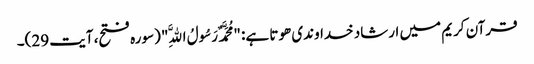
قرآن کریم میں ارشاد خداوندی ھوتا ہے: "مُحَمَّدٌ رَسُولُ اللَّهِ" (سورہ فتح، آیت 29)۔